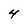
Character: 4